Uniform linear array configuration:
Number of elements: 4
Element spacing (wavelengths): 0.25
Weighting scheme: binomial
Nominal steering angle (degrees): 30
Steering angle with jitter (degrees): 31.682
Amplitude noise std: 0.05
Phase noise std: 0.05

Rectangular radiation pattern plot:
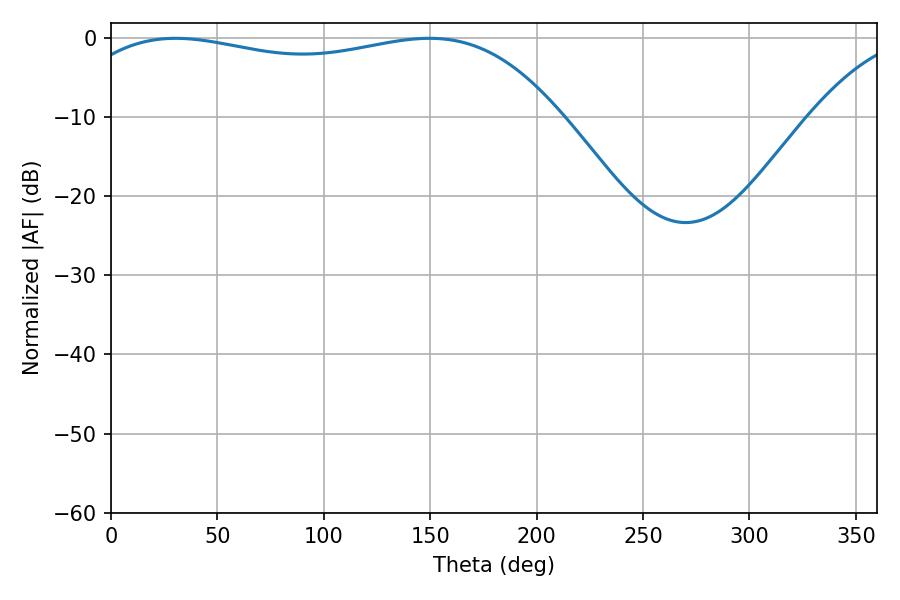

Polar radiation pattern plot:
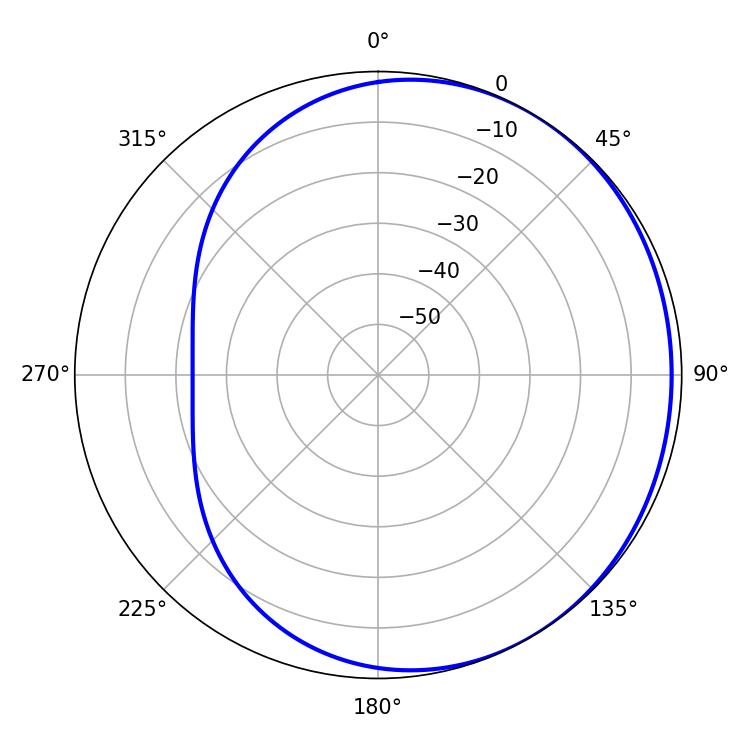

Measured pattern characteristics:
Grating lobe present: FALSE
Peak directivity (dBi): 1.295
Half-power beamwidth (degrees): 185.58
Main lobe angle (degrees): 30.42